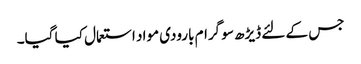
جس کے لئے ڈیڑھ سو گرام بارودی مواد استعمال کیا گیا۔